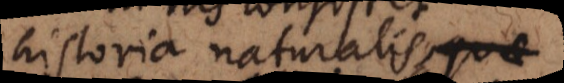
historia naturalis, ad